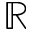
\mathbb { R }